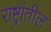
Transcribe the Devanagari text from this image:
राष्ट्रांतील